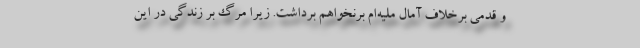
و قدمی برخلاف آمال ملیه‌ام برنخواهم برداشت. زیرا مرگ بر زندگی در این